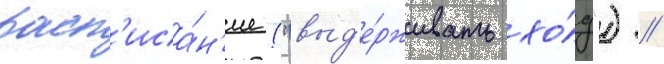
расп'иса́н'ие ("выд'е́рживать хо́д") //